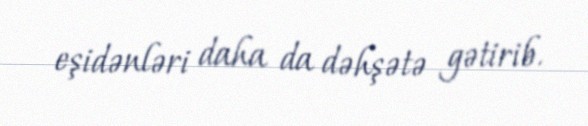
eşidənləri daha da dəhşətə gətirib.